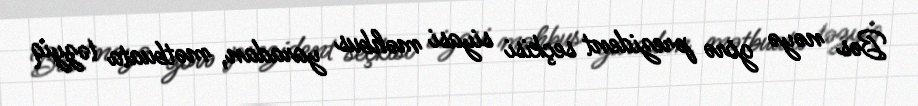
Bəs nəyə görə prezident seçkisi siyasi məhbus yaradan, mətbuata təzyiq